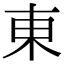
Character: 東